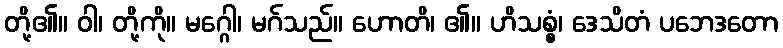
တို့၏။ ဝါ၊ တို့ကို။ မဂ္ဂေါ၊ မဂ်သည်။ ဟောတိ၊ ၏။ ဟိသစ္စံ၊ ဒေသိတံ ပဘေဒတော